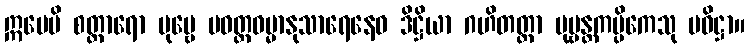
ဣမေပိ စတ္တာရော ပုဗ္ဗေ ပဝတ္တဓမ္မာနုသာရေနေဝ ဒိဋ္ဌိယာ ဂဟိတတ္တာ ပုဗ္ဗန္တကပ္ပိကေသု ပဝိဋ္ဌာ။